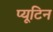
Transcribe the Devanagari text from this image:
प्यूटिन